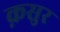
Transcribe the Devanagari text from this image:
क़सुर